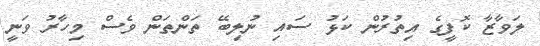
ލަވާޒާ ކޮފީގެ އިތުރުން ކަޅު ސައި ނުލިބޭ ތަންތަން ވެސް މިހާރު ވަނީ